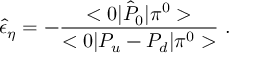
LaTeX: \hat { \epsilon } _ { \eta } = - { \frac { < 0 | \hat { P } _ { 0 } | \pi ^ { 0 } > } { < 0 | P _ { u } - P _ { d } | \pi ^ { 0 } > } } \ .